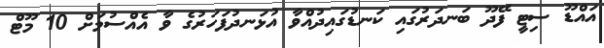
އައްޑޫ ސިޓީ ފޭދޫ ބަނދަރުގައި ކަނޑުގައިދުއްވާ އުޅަނދުފަހަރުގެ ވާ އެއްސުމަށް 10 މޫޓް